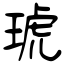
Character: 琥